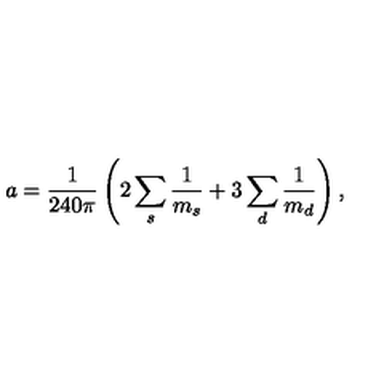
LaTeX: a = { \frac { 1 } { 2 4 0 \pi } } \left( 2 \sum _ { s } { \frac { 1 } { m _ { s } } } + 3 \sum _ { d } { \frac { 1 } { m _ { d } } } \right) ,